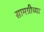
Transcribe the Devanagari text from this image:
सामग्रीच्या